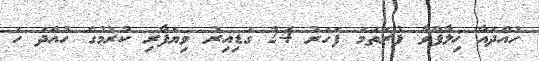
ހުއްދައާ ޚިލާފްވާ ފުރަތަމަ ފަހަރު 24 ގަޑިއިރު ވިޔަފާރި ކުރުމުގެ ހުއްދަ ހަ